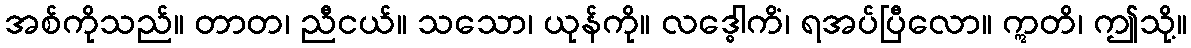
အစ်ကိုသည်။ တာတ၊ ညီငယ်။ သသော၊ ယုန်ကို။ လဒ္ဓေါကိံ၊ ရအပ်ပြီလော။ ဣတိ၊ ဤသို့။